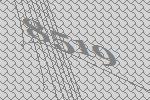
8519